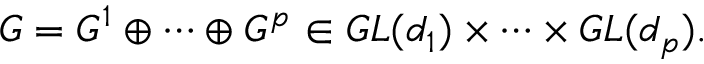
\begin{array} { r } { G = G ^ { 1 } \oplus \cdots \oplus G ^ { p } \in G L ( d _ { 1 } ) \times \cdots \times G L ( d _ { p } ) . } \end{array}